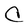
Character: C